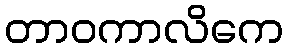
တာဝကာလိကေ